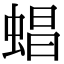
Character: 䗉